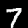
Digit: 7